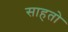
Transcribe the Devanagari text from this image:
साहतो